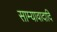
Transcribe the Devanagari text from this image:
साम्यावादादि